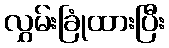
လွှမ်းခြုံထားပြီး